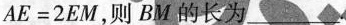
$$A E = 2 E M$$，则BM的长为___.